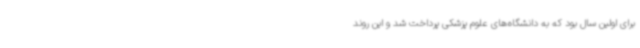
برای اولین سال بود که به دانشگاه‌های علوم پزشکی پرداخت شد و این روند